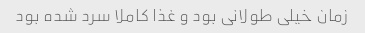
زمان خیلی طولانی بود و غذا کاملا سرد شده بود